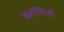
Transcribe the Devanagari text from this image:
वेलींगिरी